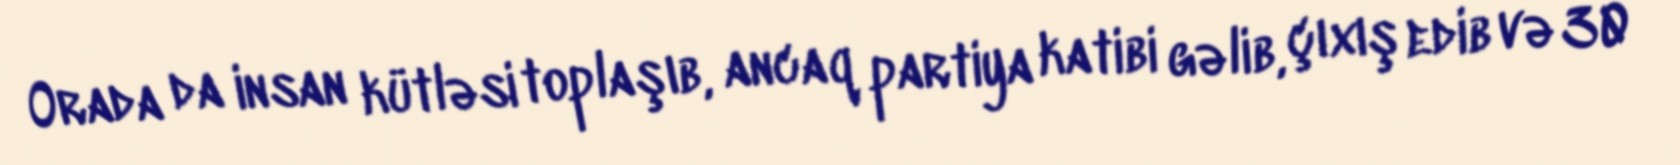
Orada da insan kütləsi toplaşıb, ancaq partiya katibi gəlib, çıxış edib və 30